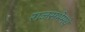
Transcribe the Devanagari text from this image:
राजसभेमधे